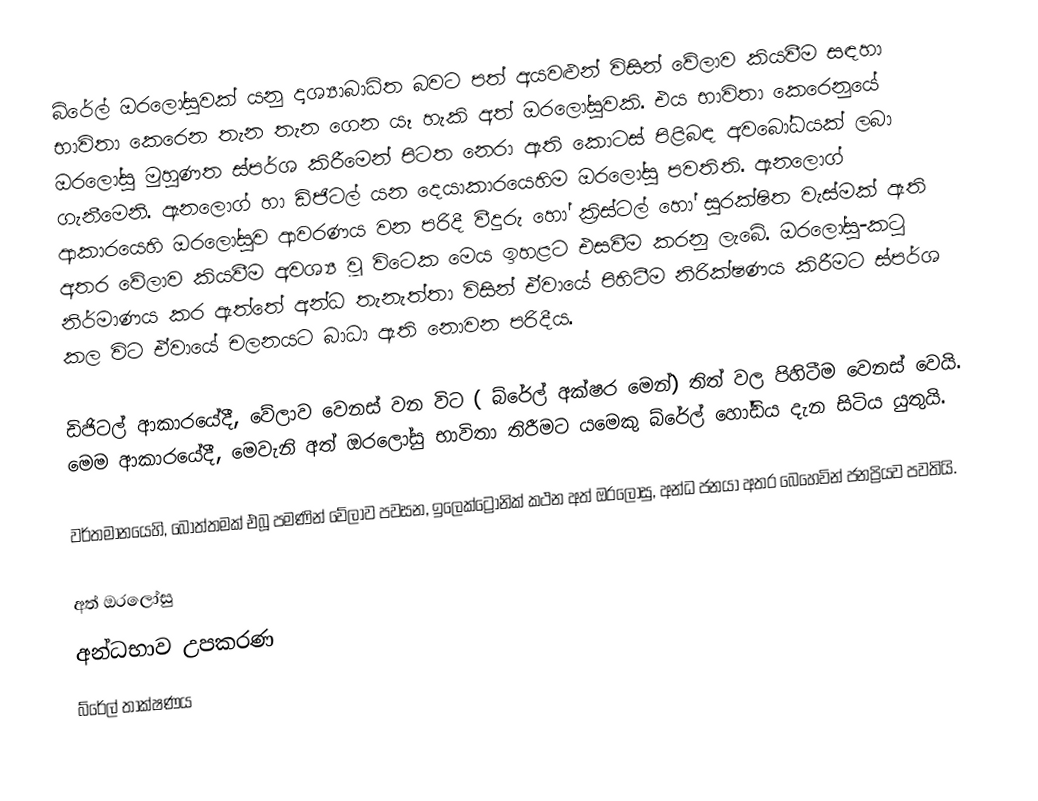
බ්රේල් ඔරලෝසුවක් යනු දෘශ්‍යාබාධිත බවට පත් අයවළුන් විසින් වේලාව කියවීම සඳහා භාවිතා කෙරෙන තැන තැන ගෙන යෑ හැකි අත් ඔරලෝසුවකි. එය භාවිතා කෙරෙනුයේ ඔරලෝසු මුහුණත ස්පර්ශ කිරීමෙන් පිටත නෙරා ඇති කොටස් පිළිබඳ අවබෝධයක් ලබා ගැනීමෙනි. ඇනලොග් හා ඩිජිටල් යන දෙයාකාරයෙහිම ඔරලෝසු පවතිති. ඇනලොග් ආකාරයෙහි ඔරලෝසුව ආවරණය වන පරිදී වීදුරු හෝ ක්‍රිස්ටල් හෝ සුරක්ෂිත වැස්මක් ඇති අතර වේලාව කියවීම අවශ්‍ය වූ විටෙක මෙය ඉහළට එසවීම කරනු ලැබේ. ඔරලෝසු-කටු නිර්මාණය කර ඇත්තේ අන්ධ තැනැත්තා විසින්  ඒවායේ පිහිටීම නිරික්ෂණය කිරීමට ස්පර්ශ කල විට ඒවායේ චලනයට බාධා ඇති නොවන පරිදීය.

ඩිජිටල් ආකාරයේදී, වේලාව වෙනස් වන විට ( බ්රේල් අක්ෂර මෙන්) තිත් වල පිහිටීම වෙනස් වෙයි. මෙම ආකාරයේදී, මෙවැනි අත් ඔරලෝසු භාවිතා තිරීමට යමෙකු බ්රේල් හෝඩිය දැන සිටිය යුතුයි.

වර්තමානයෙහි, බොත්තමක් එබූ පමණින් වේලාව පවසන, ඉලෙක්ට්‍රොනික්  කථන අත් ඔරලෝසු, අන්ධ ජනයා අතර බෙහෙවින් ජනප්‍රියව පවතියි.

අත් ඔරලෝසු
අන්ධභාව උපකරණ
බ්රේල් තාක්ෂණය